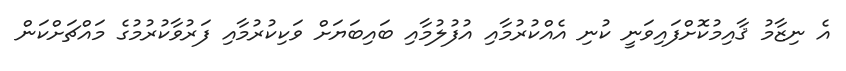
އެ ނިޒާމު ޤާއިމުކޮށްފައިވަނީ ކުނި އެއްކުރުމާއި އުފުލުމާއި ބައިބަޔަށް ވަކިކުރުމާއި ފަރުވާކުރުމުގެ މައްޗަށްކަން